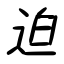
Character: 迫